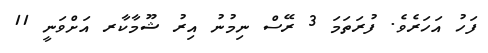
ފަހު އަހަރެވެ. ފުރަތަމަ 3 ރޭސް ނިމުނު އިރު ޝޫމާކާރ އަށްވަނީ 11